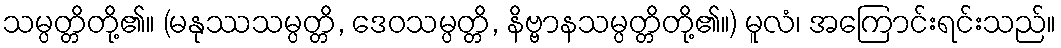
သမ္ပတ္တိတို့၏။ (မနုဿသမ္ပတ္တိ, ဒေဝသမ္ပတ္တိ, နိဗ္ဗာနသမ္ပတ္တိတို့၏။) မူလံ၊ အကြောင်းရင်းသည်။